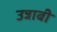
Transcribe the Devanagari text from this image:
उन्नाबी